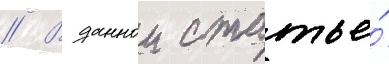
// В даннои статье́